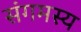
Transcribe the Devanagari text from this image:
संगमस्य